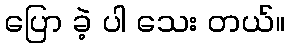
ပြော ခဲ့ ပါ သေး တယ်။